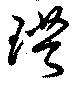
璞